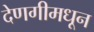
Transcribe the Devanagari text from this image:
देणगीमधून